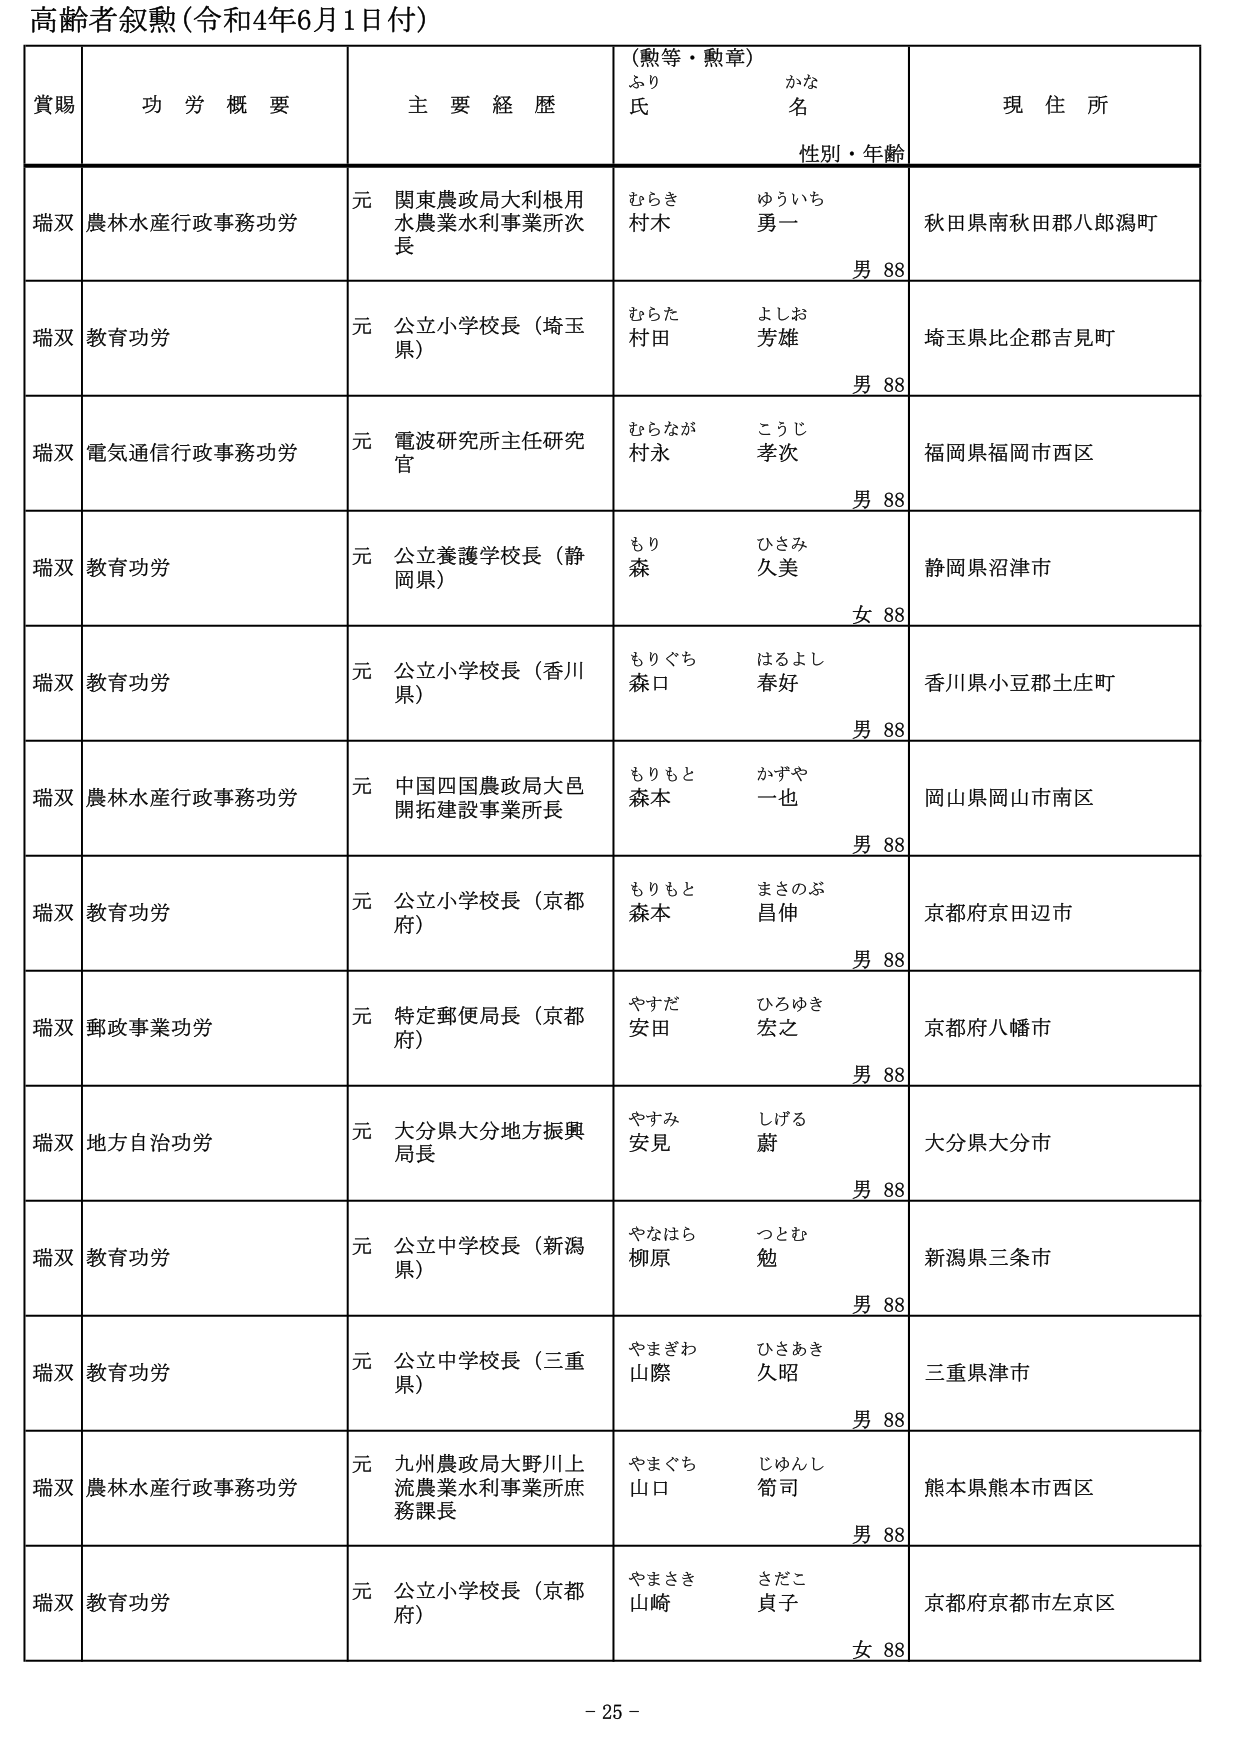
高齢者叙勲（令和4年6月1日付）

賞賜　　功労概要　　主要経歴　　（勲等・勲章）　　現住所
　　　　　　　　　　　　　　ふり　　　かな
　　　　　　　　　　　　　　氏　　　　名
　　　　　　　　　　　　　　　　性別・年齢

瑞双　農林水産行政事務功労　　元　関東農政局大利根用水農業水利事業所次長　　むらき　　ゆういち　　秋田県南秋田郡八郎潟町
　　　　　　　　　　　　　　　　　　　　　　　　　　　　　　　　　　　　　　　　村木　　勇一　　　　　　　　　　　　　　　　　　　　　　　　　　　　　　　　　　　　男 88

瑞双　教育功労　　元　公立小学校長（埼玉県）　　むらた　　よしお　　埼玉県比企郡吉見町
　　　　　　　　　　　　　　　　　　　　　　　　　　　　　　　　　　　　　　　　村田　　芳雄　　　　　　　　　　　　　　　　　　　　　　　　　　　　　　　　　　　　男 88

瑞双　電気通信行政事務功労　　元　電波研究所主任研究官　　むらなが　　こうじ　　福岡県福岡市西区
　　　　　　　　　　　　　　　　　　　　　　　　　　　　　　　　　　　　　　　　村永　　孝次　　　　　　　　　　　　　　　　　　　　　　　　　　　　　　　　　　　　男 88

瑞双　教育功労　　元　公立養護学校長（静岡県）　　もり　　ひさみ　　静岡県沼津市
　　　　　　　　　　　　　　　　　　　　　　　　　　　　　　　　　　　　　　　　森　　久美　　　　　　　　　　　　　　　　　　　　　　　　　　　　　　　　　　　　　女 88

瑞双　教育功労　　元　公立小学校長（香川県）　　もりぐち　　はるよし　　香川県小豆郡土庄町
　　　　　　　　　　　　　　　　　　　　　　　　　　　　　　　　　　　　　　　　森口　　春好　　　　　　　　　　　　　　　　　　　　　　　　　　　　　　　　　　　　男 88

瑞双　農林水産行政事務功労　　元　中国四国農政局大邑開拓建設事業所長　　もりもと　　かずや　　岡山県岡山市南区
　　　　　　　　　　　　　　　　　　　　　　　　　　　　　　　　　　　　　　　　森本　　一也　　　　　　　　　　　　　　　　　　　　　　　　　　　　　　　　　　　　男 88

瑞双　教育功労　　元　公立小学校長（京都府）　　もりもと　　まさのぶ　　京都府京田辺市
　　　　　　　　　　　　　　　　　　　　　　　　　　　　　　　　　　　　　　　　森本　　昌伸　　　　　　　　　　　　　　　　　　　　　　　　　　　　　　　　　　　　男 88

瑞双　郵政事業功労　　元　特定郵便局長（京都府）　　やすだ　　ひろゆき　　京都府八幡市
　　　　　　　　　　　　　　　　　　　　　　　　　　　　　　　　　　　　　　　　安田　　宏之　　　　　　　　　　　　　　　　　　　　　　　　　　　　　　　　　　　　男 88

瑞双　地方自治功労　　元　大分県大分地方振興局長　　やすみ　　しげる　　大分県大分市
　　　　　　　　　　　　　　　　　　　　　　　　　　　　　　　　　　　　　　　　安見　　蔚　　　　　　　　　　　　　　　　　　　　　　　　　　　　　　　　　　　　　男 88

瑞双　教育功労　　元　公立中学校長（新潟県）　　やなはら　　つとむ　　新潟県三条市
　　　　　　　　　　　　　　　　　　　　　　　　　　　　　　　　　　　　　　　　柳原　　勉　　　　　　　　　　　　　　　　　　　　　　　　　　　　　　　　　　　　　男 88

瑞双　教育功労　　元　公立中学校長（三重県）　　やまぎわ　　ひさあき　　三重県津市
　　　　　　　　　　　　　　　　　　　　　　　　　　　　　　　　　　　　　　　　山際　　久昭　　　　　　　　　　　　　　　　　　　　　　　　　　　　　　　　　　　　男 88

瑞双　農林水産行政事務功労　　元　九州農政局大野川上流農業水利事業所庶務課長　　やまぐち　　じゅんし　　熊本県熊本市西区
　　　　　　　　　　　　　　　　　　　　　　　　　　　　　　　　　　　　　　　　山口　　筍司　　　　　　　　　　　　　　　　　　　　　　　　　　　　　　　　　　　　男 88

瑞双　教育功労　　元　公立小学校長（京都府）　　やまさき　　さだこ　　京都府京都市左京区
　　　　　　　　　　　　　　　　　　　　　　　　　　　　　　　　　　　　　　　　山崎　　貞子　　　　　　　　　　　　　　　　　　　　　　　　　　　　　　　　　　　　女 88

- 25 -